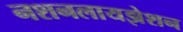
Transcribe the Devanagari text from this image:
नशनलायझेशन